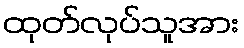
ထုတ်လုပ်သူအား